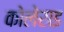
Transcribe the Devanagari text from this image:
कोलेराइ